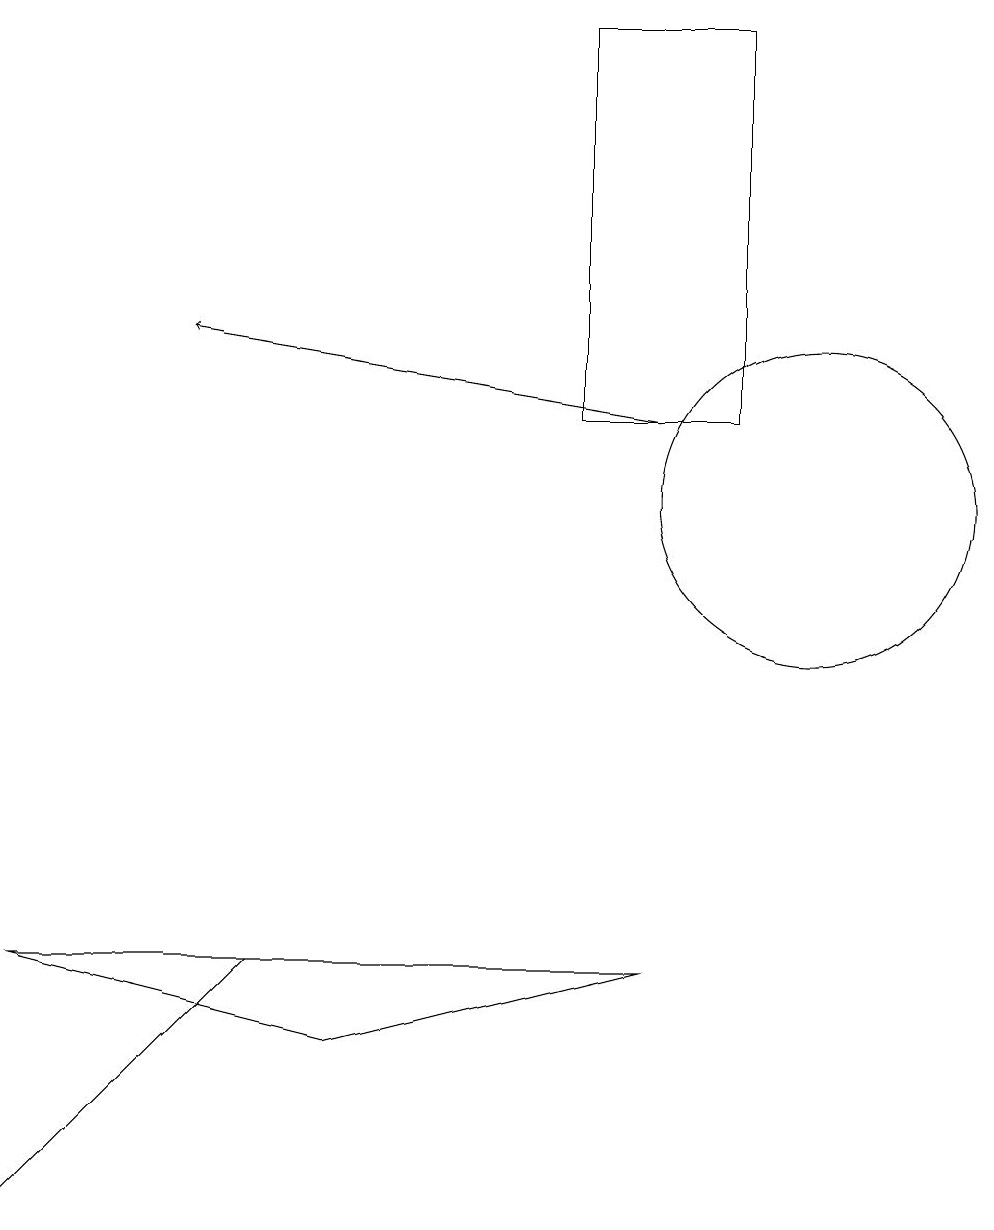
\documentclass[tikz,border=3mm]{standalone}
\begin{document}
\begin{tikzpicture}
\draw (9,17) rectangle (7,12);
\draw[->] (8,12) -- (2,13);
\draw (10,11) circle (2);
\draw (0,2) -- (3,5) -- (0,2) -- cycle;
\draw (4,4) -- (8,5) -- (0,5) -- cycle;
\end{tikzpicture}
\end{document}